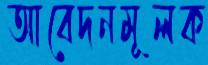
আবেদনমূলক